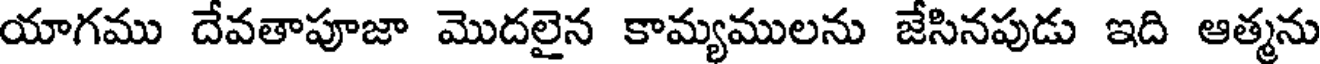
యాగము దేవతాపూజా మొదలైన కామ్యములను జేసినపుడు ఇది ఆత్మను